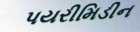
પયરીમિડીન